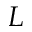
L